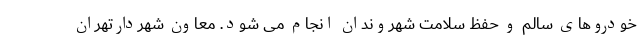
خودروهای سالم و حفظ سلامت شهروندان انجام می شود. معاون شهردارتهران